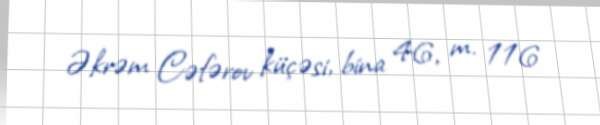
Əkrəm Cəfərov küçəsi, bina 46, m. 116